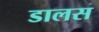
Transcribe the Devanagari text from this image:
डालस